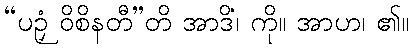
“ပဉှံ ဝိစိနတီ”တိ အာဒိံ၊ ကို။ အာဟ၊ ၏။